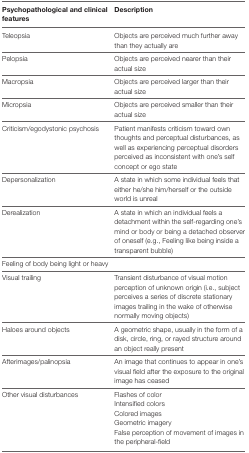
<table><thead><tr><td><b>Psychopathological and clinical features</b></td><td><b>Description</b></td></tr></thead><tbody><tr><td>Teleopsia</td><td>Objects are perceived much further away than they actually are</td></tr><tr><td>Pelopsia</td><td>Objects are perceived nearer than their actual size</td></tr><tr><td>Macropsia</td><td>Objects are perceived larger than their actual size</td></tr><tr><td>Micropsia</td><td>Objects are perceived smaller than their actual size</td></tr><tr><td>Criticism/egodystonic psychosis</td><td>Patient manifests criticism toward own thoughts and perceptual disturbances, as well as experiencing perceptual disorders perceived as inconsistent with one’s self concept or ego state</td></tr><tr><td>Depersonalization</td><td>A state in which some individual feels that either he/she him/herself or the outside world is unreal</td></tr><tr><td>Derealization</td><td>A state in which an individual feels a detachment within the self-regarding one’s mind or body or being a detached observer of oneself (e.g., Feeling like being inside a transparent bubble)</td></tr><tr><td>Feeling of body being light or heavy</td><td></td></tr><tr><td>Visual trailing</td><td>Transient disturbance of visual motion perception of unknown origin (i.e., subject perceives a series of discrete stationary images trailing in the wake of otherwise normally moving objects)</td></tr><tr><td>Haloes around objects</td><td>A geometric shape, usually in the form of a disk, circle, ring, or rayed structure around an object really present</td></tr><tr><td>Afterimages/palinopsia</td><td>An image that continues to appear in one’s visual field after the exposure to the original image has ceased</td></tr><tr><td rowspan="5">Other visual disturbances</td><td>Flashes of color</td></tr><tr><td>Intensified colors</td></tr><tr><td>Colored images</td></tr><tr><td>Geometric imagery</td></tr><tr><td>False perception of movement of images in the peripheral-field</td></tr></tbody></table>